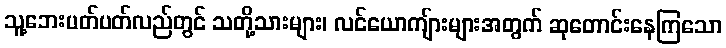
သူ့ဘေးပတ်ပတ်လည်တွင် သတို့သားများ၊ လင်ယောကျ်ားများအတွက် ဆုတောင်းနေကြသော